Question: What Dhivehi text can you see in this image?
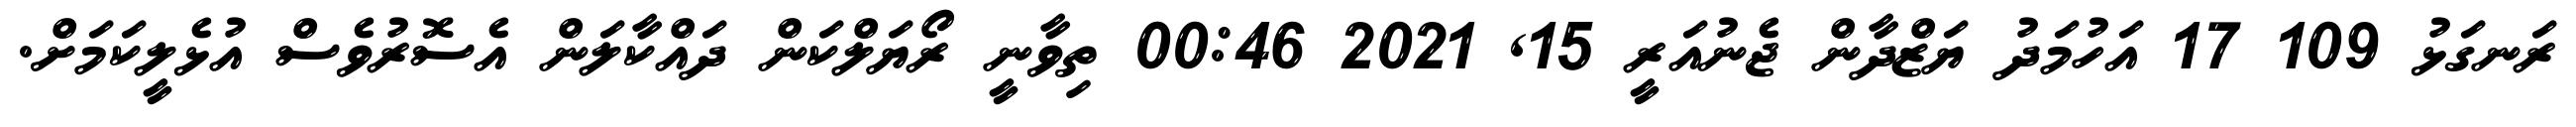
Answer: ރަނގަޅު 109 17 އަހުމަދު ޔަޒްދާން ޖެނުއަރީ 15, 2021 00:46 ތިވާނީ ރޯޔަލްކަން ދައްކާލަން އެސޮރުވެސް އުޅެލީކަމަށް.